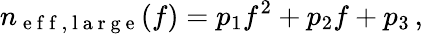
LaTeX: n_{\mathrm{~e~f~f~,~l~a~r~g~e~}}(f)=p_{1}f^{2}+p_{2}f+p_{3}\, ,